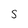
Character: S